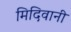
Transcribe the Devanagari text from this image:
मिदिवानी